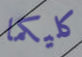
كليكما